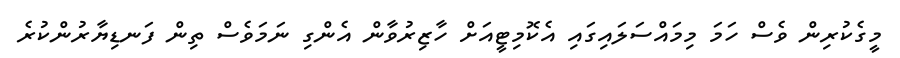
މީގެކުރިން ވެސް ހަމަ މިމައްސަލައިގައި އެކޮމިޓީއަށް ހާޒިރުވާން އެންގި ނަމަވެސް ތިން ފަނޑިޔާރުންކުރެ